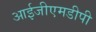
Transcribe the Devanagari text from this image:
आईजीएमडीपी